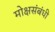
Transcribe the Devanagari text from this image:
मोक्षसंबंधी